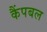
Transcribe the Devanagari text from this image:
कैंपबल